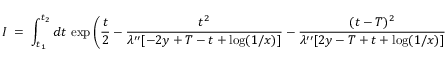
I \; = \; \int _ { t _ { 1 } } ^ { t _ { 2 } } d t \, \exp \left( \frac { t } { 2 } - \frac { t ^ { 2 } } { \lambda ^ { \prime \prime } [ - 2 y + T - t + \log ( 1 / x ) ] } - \frac { ( t - T ) ^ { 2 } } { \lambda ^ { \prime \prime } [ 2 y - T + t + \log ( 1 / x ) ] } \right)